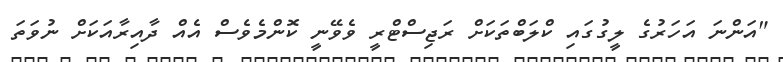
"އަންނަ އަހަރުގެ ލީގުގައި ކްލަބްތަކަށް ރަޖިސްޓްރީ ވެވޭނީ ކޮންމެވެސް އެއް ދާއިރާއަކަށް ނުވަތަ